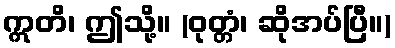
ဣတိ၊ ဤသို့။ (ဝုတ္တံ၊ ဆိုအပ်ပြီ။)